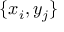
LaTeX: \{ x _ { i } , y _ { j } \}